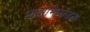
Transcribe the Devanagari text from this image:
भावाभिव्यंजना